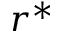
r ^ { * }